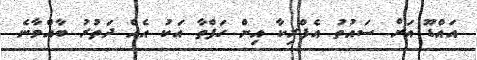
އައްޑޫ އަށް ސައުތު އެފްރިކާ އިން ހަފްތާ އަކު އެއް ދަތުރު ބާއްވާނެ